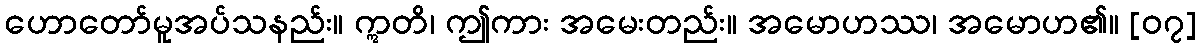
ဟောတော်မူအပ်သနည်း။ ဣတိ၊ ဤကား အမေးတည်း။ အမောဟဿ၊ အမောဟ၏။ [၀၇]